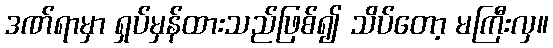
ဒဏ်ရာမှာ ရှပ်မှန်ထားသည်ဖြစ်၍ သိပ်တော့ မကြီးလှ။